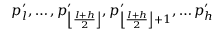
p _ { l } ^ { \prime } , \ldots , p _ { \left\lfloor \frac { l + h } { 2 } \right\rfloor } ^ { \prime } , p _ { \left\lfloor \frac { l + h } { 2 } \right\rfloor + 1 } ^ { \prime } , \ldots p _ { h } ^ { \prime }